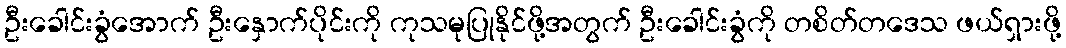
ဦးခေါင်းခွံအောက် ဦးနှောက်ပိုင်းကို ကုသမုပြုနိုင်ဖို့အတွက် ဦးခေါင်းခွံကို တစိတ်တဒေသ ဖယ်ရှားဖို့